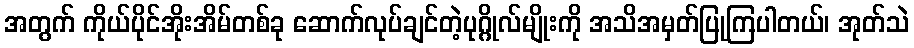
အတွက် ကိုယ်ပိုင်အိုးအိမ်တစ်ခု ဆောက်လုပ်ချင်တဲ့ပုဂ္ဂိုလ်မျိုးကို အသိအမှတ်ပြုကြပါတယ်၊ အုတ်သဲ